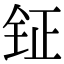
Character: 钲